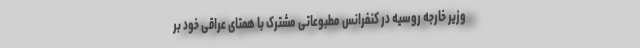
وزیر خارجه روسیه در کنفرانس مطبوعاتی مشترک با همتای عراقی خود بر